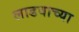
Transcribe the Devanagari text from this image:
लाडवाच्या